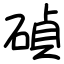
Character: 碵